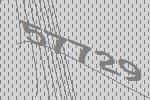
57729